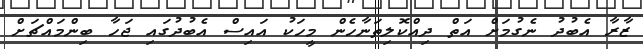
ޒާރާ އެބުދު ނެގުމަށް އަތް ދިއްކޮލިތަނާހެން މީހަކު އައިސް އެބުދުގައި ޖަހާ ބިންމައްޗަށް